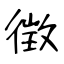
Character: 徴